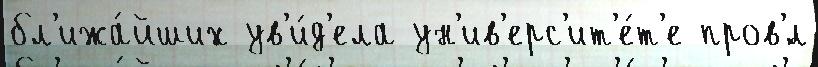
бл'ижа́йших ув'и́д'ела ун'ив'ерс'ит'е́т'е пров'́л